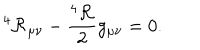
^ 4 { \cal R } _ { \mu \nu } - \frac { ^ 4 { \cal R } } { 2 } g _ { \mu \nu } = 0 .